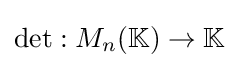
\det :M_{n}(\mathbb {K} )\rightarrow \mathbb {K}